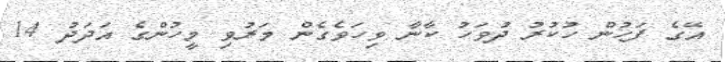
އޭގެ ފަހުން ހުކުރު ދުވަހު ކާނާ ވިހަވެގެން މަރުވި މީހުންގެ އަދަދު 14